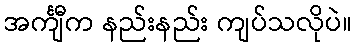
အင်္ကျီက နည်းနည်း ကျပ်သလိုပဲ။